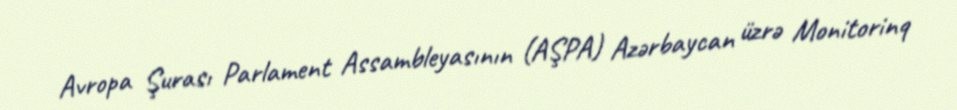
Avropa Şurası Parlament Assambleyasının (AŞPA) Azərbaycan üzrə Monitorinq